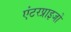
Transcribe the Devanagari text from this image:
एंटरप्राइजों